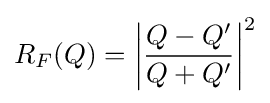
R_{F}(Q)=\left|{\frac {Q-Q'}{Q+Q'}}\right|^{2}